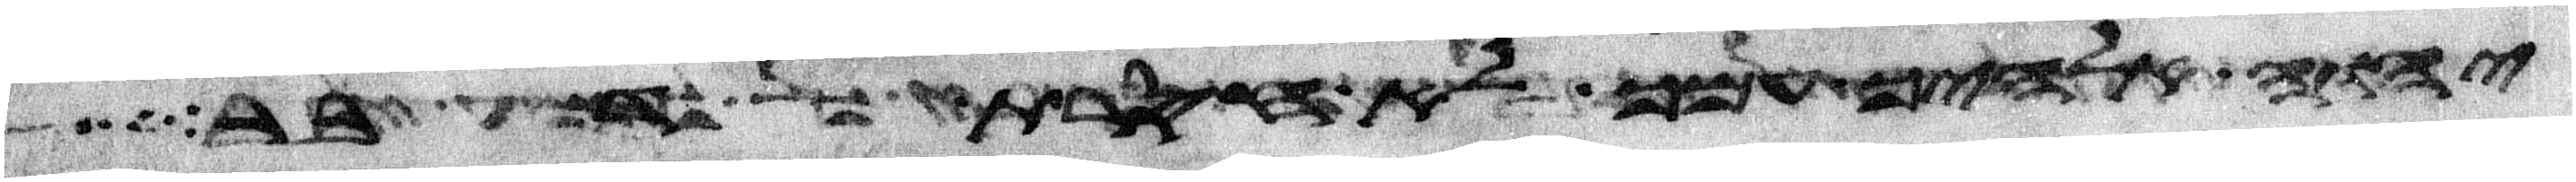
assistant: יהוה אלהיך עמך לא חסרת דבר